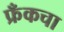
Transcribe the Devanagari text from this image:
फ्रँकचा